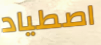
اصطياد